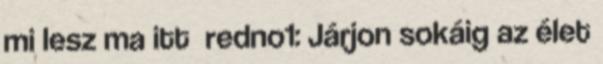
mi lesz ma itt redno1: Járjon sokáig az élet